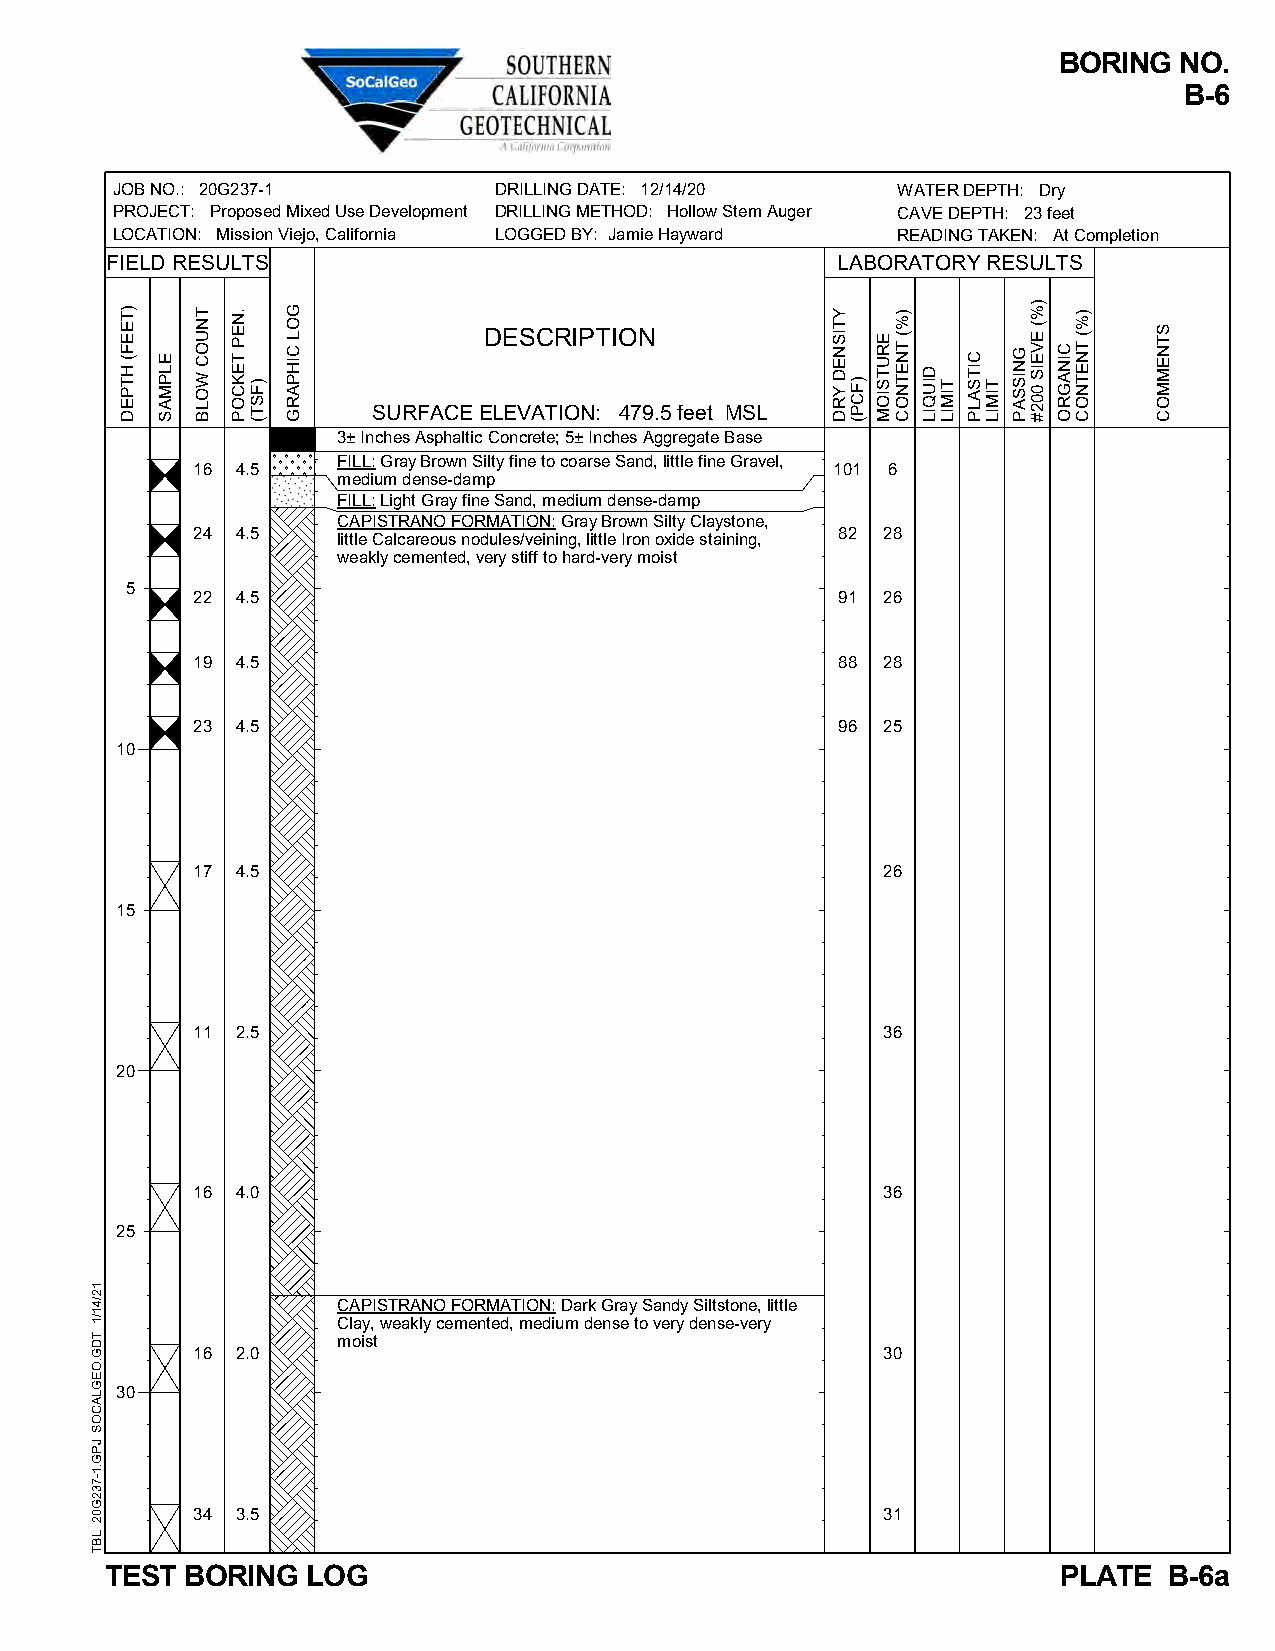
BORING  NO.
 B-6
 JOB NO.: 20G237-1         DRILLING DATE: 12/14/20   WATER DEPTH: Dry
 PROJECT: Proposed Mixed Use Development DRILLING METHOD: Hollow Stem Auger CAVE DEPTH: 23 feet
 LOCATION: Mission Viejo, California LOGGED BY: Jamie Hayward READING TAKEN: At Completion
 FIELD RESULTS                                   LABORATORY RESULTS
 DESCRIPTION
 SURFACE ELEVATION: 479.5 feet MSL
 3± Inches Asphaltic Concrete; 5± Inches Aggregate Base
 FILL: Gray Brown Silty fine to coarse Sand, little fine Gravel,
 16 4.5                                    101 6
 medium dense-damp
 FILL: Light Gray fine Sand, medium dense-damp
 CAPISTRANO FORMATION: Gray Brown Silty Claystone,
 24 4.5   little Calcareous nodules/veining, little Iron oxide staining, 82 28
 weakly cemented, very stiff to hard-very moist
 5
 22 4.5                                    91 26
 19 4.5                                    88 28
 23 4.5                                    96 25
 10
 17 4.5                                       26
 15
 11 2.5                                       36
 20
 16 4.0                                       36
 25
 CAPISTRANO FORMATION: Dark Gray Sandy Siltstone, little
 Clay, weakly cemented, medium dense to very dense-very
 moist
 16 2.0                                       30
 30
 34 3.5                                       31
 TEST BORING  LOG                                               PLATE  B-6a
 12/41/1
 TDG.OEGLACOS
 JPG.1-732G02
 LBT
 )TEEF(
 HTPED
 ELPMAS
 TNUOC
 WOLB
 .NEP
 TEKCOP
 )FST(
 GOL
 CIHPARG
 YTISNED
 YRD )FCP(
 ERUTSIOM
 )%(
 TNETNOC
 DIUQIL
 TIMIL
 CITSALP
 TIMIL
 GNISSAP
 )%(
 EVEIS
 002#
 CINAGRO
 )%(
 TNETNOC
 STNEMMOC